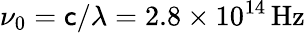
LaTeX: \nu_{0}=\mathsf{c}/\lambda=2.8\times10^{14}\, \mathrm{{Hz}}